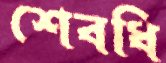
শেবধি